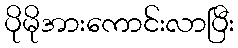
ပိုမိုအားကောင်းလာပြီး